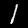
Digit: 1